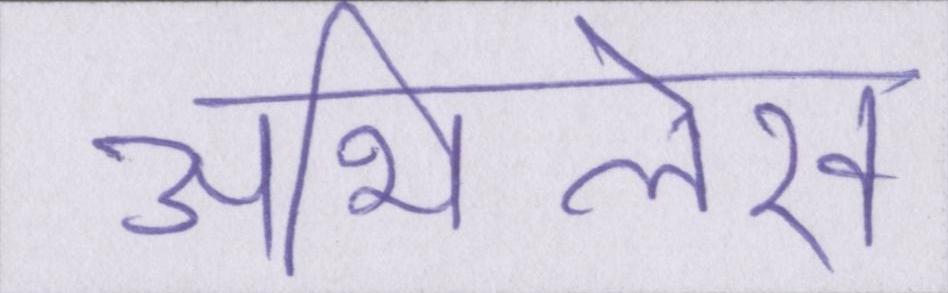
अभिलेख